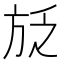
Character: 𭤱